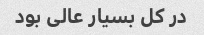
در کل بسیار عالى بود